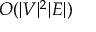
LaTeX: O ( | V | ^ { 2 } | E | )